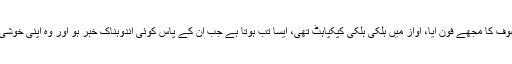
ایک روز موصوف کا مجھے فون آیا، آواز میں ہلکی ہلکی کپکپاہٹ تھی، ایسا تب ہوتا ہے جب اُن کے پاس کوئی اندوہناک خبر ہو اور وہ اپنی خوشی نہ چھپا سکیں۔